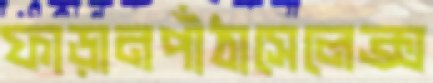
ফাড়ানপাঁঠাসেলেক্স